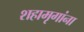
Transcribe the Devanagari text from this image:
शहामृगांना